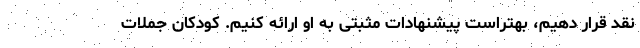
نقد قرار دهیم، بهتراست پیشنهادات مثبتی به او ارائه کنیم. کودکان جملات